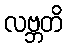
လဗ္ဘတိ